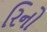
રિનો